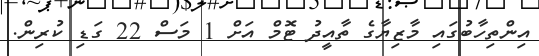
އިންތިހާބުގައި މާޒިޔާގެ ތާއީދު ޓޮމް އަށް 1 މަސް 22 ގަޑި ކުރިން.